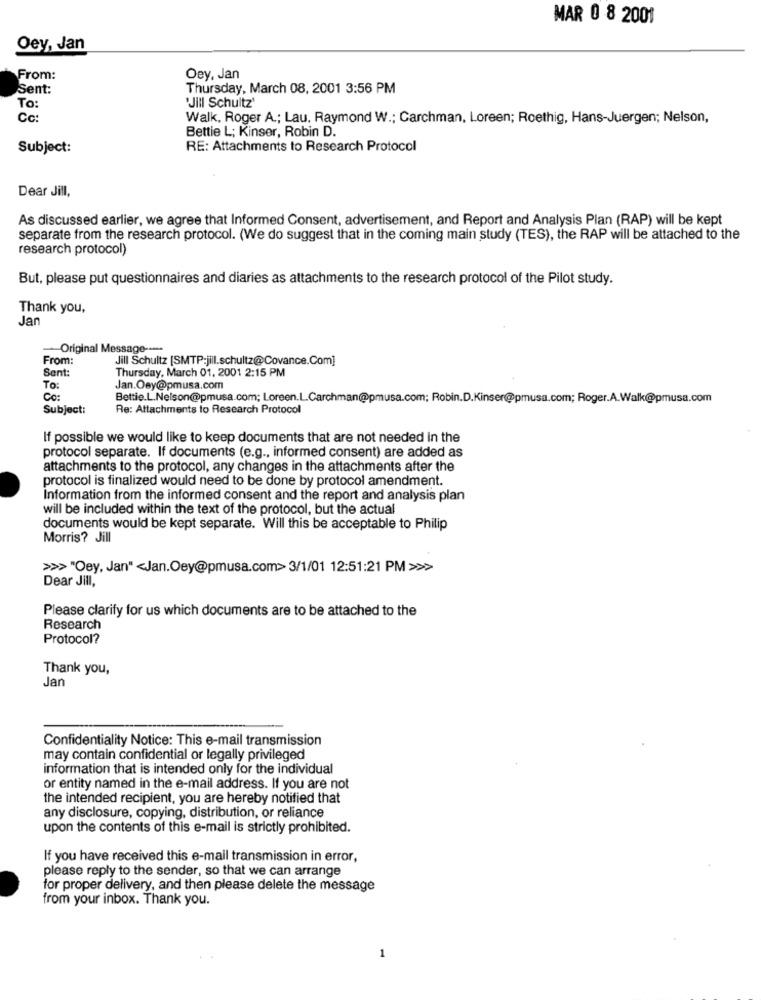
MAR 0 8 2001
Oey, Jan
From:
Oey, Jan
Sent:
Thursday, March 08, 2001 3:56 PM
'Jill Schultz'
To:
Cc:
Walk, Roger A .; Lau. Raymond W .; Carchman, Loreen; Roethig, Hans-Juergen; Nelson,
Bettie L; Kinser, Robin D.
Subject:
RE: Attachments to Research Protocol
Dear Jill,
As discussed earlier, we agree that Informed Consent, advertisement, and Report and Analysis Plan (RAP) will be kept
separate from the research protocol. (We do suggest that in the coming main study (TES), the RAP will be attached to the
research protocol)
But, please put questionnaires and diaries as attachments to the research protocol of the Pilot study.
Thank you,
Jan
-Original Message -....
From:
Jill Schultz [SMTP:jill.schultz@Covance.Com]
Sent:
Thursday, March 01, 2001 2:15 PM
To:
Jan.Osy@pmusa.com
Co:
Bettie.L.Nelson@pmusa.com; Loreen.L.Carchman@pmusa.com; Robin.D.Kinser@pmusa.com; Roger.A.Walk@pmusa.com
Subject:
Re: Attachments to Research Protocol
If possible we would like to keep documents that are not needed in the
protocol separate. If documents (e.g ., informed consent) are added as
attachments to the protocol, any changes in the attachments after the
protocol is finalized would need to be done by protocol amendment.
Information from the informed consent and the report and analysis plan
will be included within the text of the protocol, but the actual
documents would be kept separate. Will this be acceptable to Philip
Morris? Jill
>>>"Oey, Jan" <Jan.Oey@pmusa.com> 3/1/01 12:51:21 PM >>>
Dear Jill,
Please clarify for us which documents are to be attached to the
Research
Protocol?
Thank you,
Jan
Confidentiality Notice: This e-mail transmission
may contain confidential or legally privileged
information that is intended only for the individual
or entity named in the e-mail address. If you are not
the intended recipient, you are hereby notified that
any disclosure, copying, distribution, or reliance
upon the contents of this e-mail is strictly prohibited.
If you have received this e-mail transmission in error,
please reply to the sender, so that we can arrange
for proper delivery, and then please delete the message
from your inbox. Thank you.